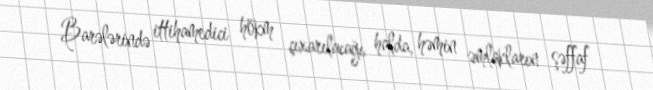
Barələrində ittihamedici hökm çıxarılacağı halda, həmin əmlakların şəffaf